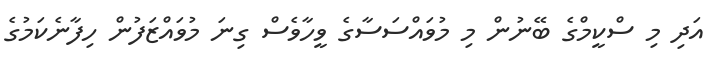
އަދި މި ސްކީމްގެ ބޭނުން މި މުވައްސަސާގެ ވީހާވެސް ގިނަ މުވައްޒަފުން ހިފާނެކަމުގެ